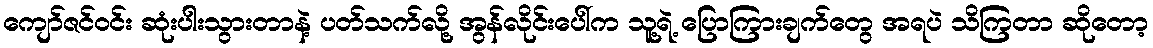
ကျော်ဇင်ဝင်း ဆုံးပါးသွားတာနဲ့ ပတ်သက်လို့ အွန်လိုင်းပေါ်က သူ့ရဲ့ ပြောကြားချက်တွေ အရပဲ သိကြတာ ဆိုတော့